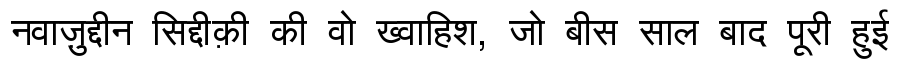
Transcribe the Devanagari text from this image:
नवाज़ुद्दीन सिद्दीक़ी की वो ख्वाहिश, जो बीस साल बाद पूरी हुई